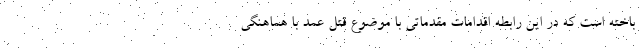
باخته است که در این رابطه اقدامات مقدماتی با موضوع قتل عمد با هماهنگی